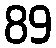
89